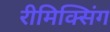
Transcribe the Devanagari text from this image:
रीमिक्सिंग